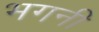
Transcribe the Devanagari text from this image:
भगनी